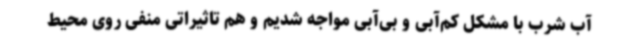
آب شرب با مشکل کم‌آبی و بی‌آبی مواجه شدیم و هم تاثیراتی منفی روی محیط